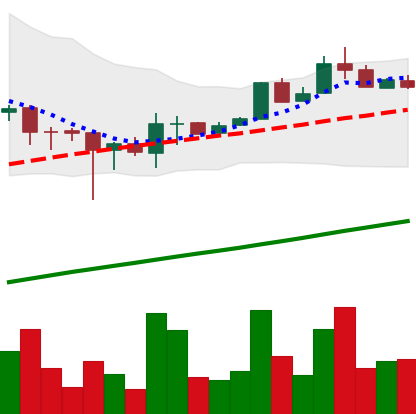
Ticker: LTC-USD
Chart end date: 2017-08-12
Forward return: -5.426%
Label: down_5_7